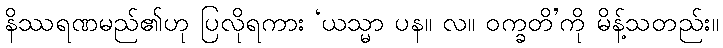
နိဿရဏမည်၏ဟု ပြလိုရကား ‘ယသ္မာ ပန။ လ။ ဝက္ခတိ’ကို မိန့်သတည်း။